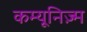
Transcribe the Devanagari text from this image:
कम्यूनिज़्म